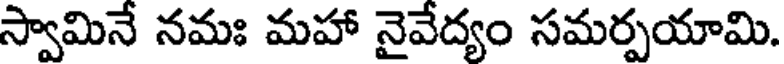
స్వామినే నమః మహా నైవేద్యం సమర్పయామి.